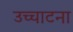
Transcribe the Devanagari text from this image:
उच्चाटना